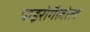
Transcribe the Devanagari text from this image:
पाइरोगैलोल